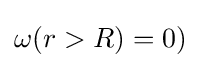
\omega (r>R)=0)